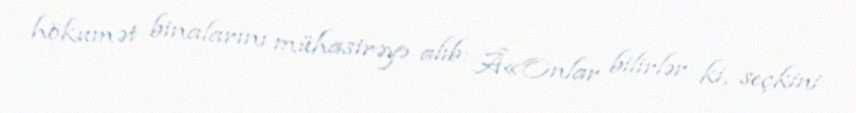
hökumət binalarını mühasirəyə alıb: Â«Onlar bilirlər ki, seçkini